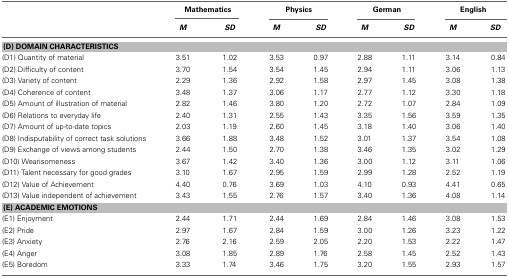
<table><thead><tr><td></td><td colspan="2"><b>Mathematics</b></td><td colspan="2"><b>Physics</b></td><td colspan="2"><b>German</b></td><td colspan="2"><b>English</b></td></tr><tr><td></td><td><b><i>M</i></b></td><td><b><i>SD</i></b></td><td><b><i>M</i></b></td><td><b><i>SD</i></b></td><td><b><i>M</i></b></td><td><b><i>SD</i></b></td><td><b><i>M</i></b></td><td><b><i>SD</i></b></td></tr></thead><tbody><tr><td colspan="9"><b>(D) DOMAIN CHARACTERISTICS</b></td></tr><tr><td>(D1) Quantity of material</td><td>3.51</td><td>1.02</td><td>3.53</td><td>0.97</td><td>2.88</td><td>1.11</td><td>3.14</td><td>0.84</td></tr><tr><td>(D2) Difficulty of content</td><td>3.70</td><td>1.54</td><td>3.54</td><td>1.45</td><td>2.94</td><td>1.11</td><td>3.06</td><td>1.13</td></tr><tr><td>(D3) Variety of content</td><td>2.29</td><td>1.36</td><td>2.92</td><td>1.58</td><td>2.97</td><td>1.45</td><td>3.08</td><td>1.38</td></tr><tr><td>(D4) Coherence of content</td><td>3.48</td><td>1.37</td><td>3.06</td><td>1.17</td><td>2.77</td><td>1.12</td><td>3.30</td><td>1.18</td></tr><tr><td>(D5) Amount of illustration of material</td><td>2.82</td><td>1.46</td><td>3.80</td><td>1.20</td><td>2.72</td><td>1.07</td><td>2.84</td><td>1.09</td></tr><tr><td>(D6) Relations to everyday life</td><td>2.40</td><td>1.31</td><td>2.55</td><td>1.43</td><td>3.35</td><td>1.56</td><td>3.59</td><td>1.35</td></tr><tr><td>(D7) Amount of up-to-date topics</td><td>2.03</td><td>1.19</td><td>2.60</td><td>1.45</td><td>3.18</td><td>1.40</td><td>3.06</td><td>1.40</td></tr><tr><td>(D8) Indisputability of correct task solutions</td><td>3.66</td><td>1.88</td><td>3.48</td><td>1.52</td><td>3.01</td><td>1.37</td><td>3.54</td><td>1.08</td></tr><tr><td>(D9) Exchange of views among students</td><td>2.44</td><td>1.50</td><td>2.70</td><td>1.38</td><td>3.46</td><td>1.35</td><td>3.02</td><td>1.29</td></tr><tr><td>(D10) Wearisomeness</td><td>3.67</td><td>1.42</td><td>3.40</td><td>1.36</td><td>3.00</td><td>1.12</td><td>3.11</td><td>1.06</td></tr><tr><td>(D11) Talent necessary for good grades</td><td>3.10</td><td>1.67</td><td>2.95</td><td>1.59</td><td>2.99</td><td>1.28</td><td>2.52</td><td>1.19</td></tr><tr><td>(D12) Value of Achievement</td><td>4.40</td><td>0.76</td><td>3.69</td><td>1.03</td><td>4.10</td><td>0.93</td><td>4.41</td><td>0.65</td></tr><tr><td>(D13) Value independent of achievement</td><td>3.43</td><td>1.55</td><td>2.76</td><td>1.57</td><td>3.40</td><td>1.36</td><td>4.08</td><td>1.14</td></tr><tr><td colspan="9"><b>(E) ACADEMIC EMOTIONS</b></td></tr><tr><td>(E1) Enjoyment</td><td>2.44</td><td>1.71</td><td>2.44</td><td>1.69</td><td>2.84</td><td>1.46</td><td>3.08</td><td>1.53</td></tr><tr><td>(E2) Pride</td><td>2.97</td><td>1.67</td><td>2.84</td><td>1.59</td><td>3.00</td><td>1.26</td><td>3.23</td><td>1.22</td></tr><tr><td>(E3) Anxiety</td><td>2.76</td><td>2.16</td><td>2.59</td><td>2.05</td><td>2.20</td><td>1.53</td><td>2.22</td><td>1.47</td></tr><tr><td>(E4) Anger</td><td>3.08</td><td>1.85</td><td>2.89</td><td>1.76</td><td>2.58</td><td>1.45</td><td>2.52</td><td>1.43</td></tr><tr><td>(E5) Boredom</td><td>3.33</td><td>1.74</td><td>3.46</td><td>1.75</td><td>3.20</td><td>1.55</td><td>2.93</td><td>1.57</td></tr></tbody></table>